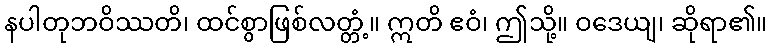
နပါတုဘဝိဿတိ၊ ထင်စွာဖြစ်လတ္တံ့။ ဣတိ ဧဝံ၊ ဤသို့။ ဝဒေယျ၊ ဆိုရာ၏။